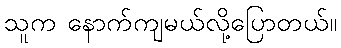
သူက နောက်ကျမယ်လို့ပြောတယ်။